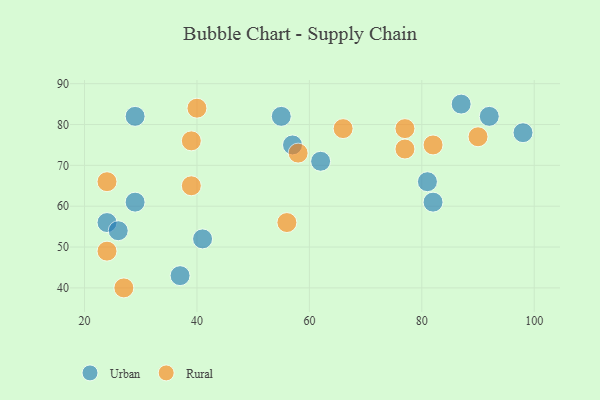
{"axis": {"x": "GDP", "y": "Life Expectancy"}, "legend": ["Rural", "Urban"], "data": [{"x": "29", "y": 82, "type": "Urban"}, {"x": "82", "y": 61, "type": "Urban"}, {"x": "98", "y": 78, "type": "Urban"}, {"x": "87", "y": 85, "type": "Urban"}, {"x": "24", "y": 56, "type": "Urban"}, {"x": "37", "y": 43, "type": "Urban"}, {"x": "55", "y": 82, "type": "Urban"}, {"x": "57", "y": 75, "type": "Urban"}, {"x": "81", "y": 66, "type": "Urban"}, {"x": "62", "y": 71, "type": "Urban"}, {"x": "92", "y": 82, "type": "Urban"}, {"x": "29", "y": 61, "type": "Urban"}, {"x": "26", "y": 54, "type": "Urban"}, {"x": "41", "y": 52, "type": "Urban"}, {"x": "40", "y": 84, "type": "Rural"}, {"x": "77", "y": 74, "type": "Rural"}, {"x": "27", "y": 40, "type": "Rural"}, {"x": "77", "y": 79, "type": "Rural"}, {"x": "58", "y": 73, "type": "Rural"}, {"x": "90", "y": 77, "type": "Rural"}, {"x": "39", "y": 76, "type": "Rural"}, {"x": "24", "y": 49, "type": "Rural"}, {"x": "66", "y": 79, "type": "Rural"}, {"x": "82", "y": 75, "type": "Rural"}, {"x": "56", "y": 56, "type": "Rural"}, {"x": "24", "y": 66, "type": "Rural"}, {"x": "39", "y": 65, "type": "Rural"}]}